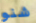
شنو